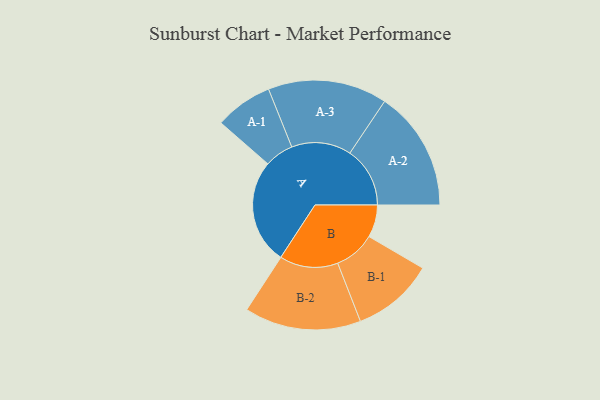
{"axis": {"x": "Segment", "y": "Value"}, "legend": ["", "A", "B"], "data": [{"x": "A", "y": 478, "type": ""}, {"x": "B", "y": 148, "type": ""}, {"x": "A-1", "y": 132, "type": "A"}, {"x": "A-2", "y": 274, "type": "A"}, {"x": "A-3", "y": 272, "type": "A"}, {"x": "B-1", "y": 187, "type": "B"}, {"x": "B-2", "y": 266, "type": "B"}]}